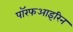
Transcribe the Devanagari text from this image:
पॉरफआइरिन